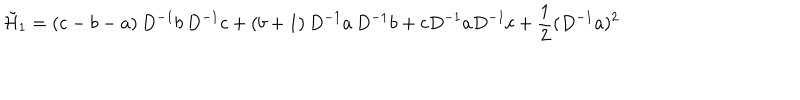
LaTeX: \tilde { { \cal H } } _ { 1 } = ( c - b - a ) \, D ^ { - 1 } b \, D ^ { - 1 } c + ( b + 1 ) \, D ^ { - 1 } a \, D ^ { - 1 } b + c D ^ { - 1 } a D ^ { - 1 } c + \frac { 1 } { 2 } ( D ^ { - 1 } a ) ^ { 2 }